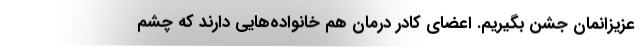
عزیزانمان جشن بگیریم. اعضای کادر درمان هم خانواده‌هایی دارند که چشم